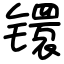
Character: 镮